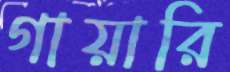
গায়ারি